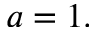
a = 1 .